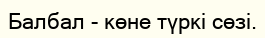
Балбал - көне түркі сөзі.